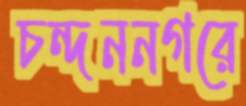
চন্দননগরে